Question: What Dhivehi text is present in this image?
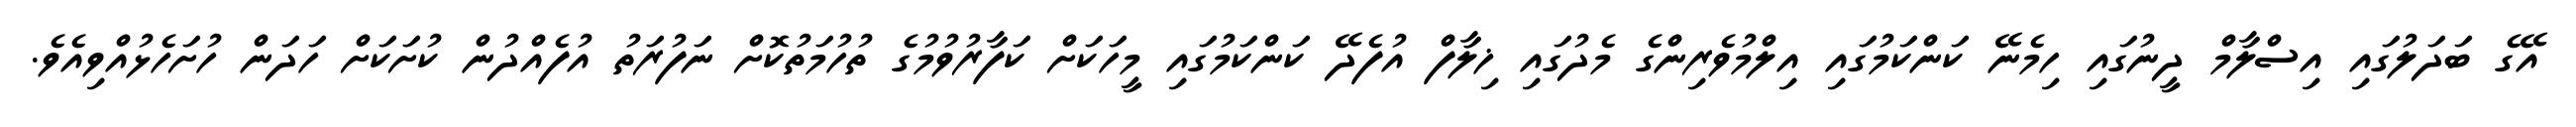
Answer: އޭގެ ބަދަލުގައި އިސްލާމް ދީނުގައި ހިމެނޭ ކަންކަމުގައި އިލްމުވެރިންގެ މެދުގައި ޚިލާފް އުފެދޭ ކަންކަމުގައި މީހަކަށް ކަފާރުވުމުގެ ތުހުމަތުކޮށް ނަފުރަތު އުފެއްދުން ކުށަކަށް ހަދަން ހުށަހެޅުއްވިއެވެ.